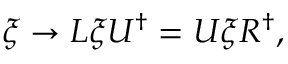
\xi \rightarrow L \xi U ^ { \dagger } = U \xi R ^ { \dagger } ,